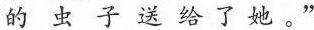
的虫子送给了她。”